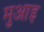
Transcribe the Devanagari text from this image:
मुआइ